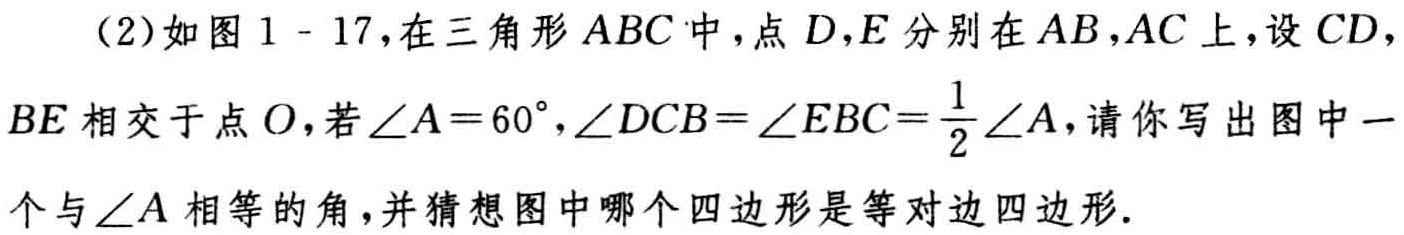
（2）如图1 - 17，在三角形 \(ABC\) 中，点 \(D\)，\(E\) 分别在 \(AB\)，\(AC\) 上，设 \(CD\)，\(BE\) 相交于点 \(O\)，若 \(\angle A = 60^{\circ}\)，\(\angle DCB=\angle EBC=\frac{1}{2}\angle A\)，请你写出图中一个与 \(\angle A\) 相等的角，并猜想图中哪个四边形是等对边四边形.